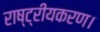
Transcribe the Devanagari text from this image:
राष्ट्रीयकरण।